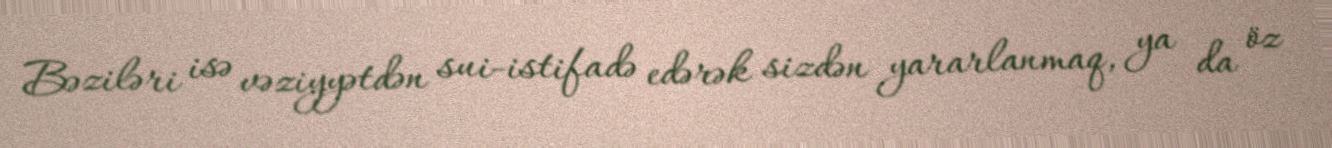
Bəziləri isə vəziyyətdən sui-istifadə edərək sizdən yararlanmaq, ya da öz